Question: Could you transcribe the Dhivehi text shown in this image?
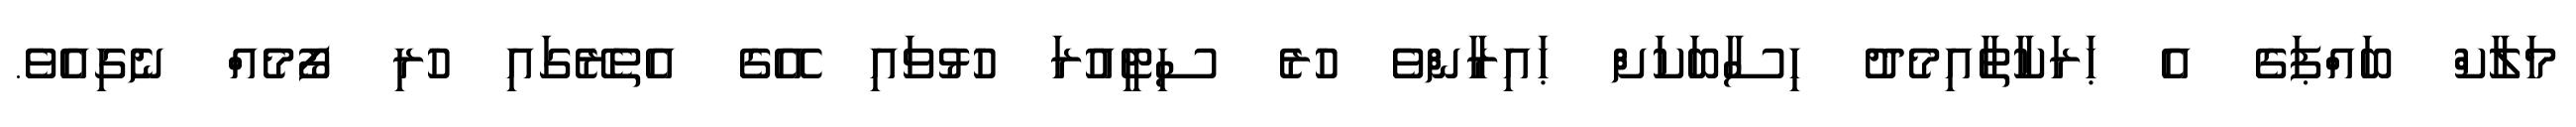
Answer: މަލާކް ބައްޕަގެ އެ ޙަރަކާތާއިމެދު ހިސާބަކަށް ޙައިރާންވެ ހުރެ ސިޓީއުރަ ހުޅުވައި އޭގެ އެތެރޭގައި ހުރި ފޯމެއް ނެގިއެވެ.